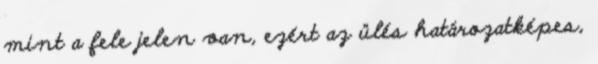
mint a fele jelen van, ezért az ülés határozatképes,